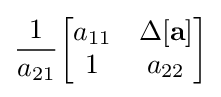
{\frac {1}{a_{21}}}{\begin{bmatrix}a_{11}&\Delta \mathbf {[a]} \\1&a_{22}\end{bmatrix}}